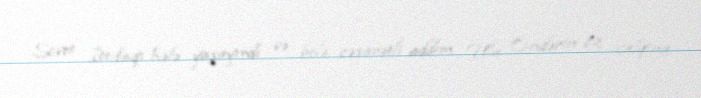
Sovet İttifaqı hələ yaşayırdı və belə cəsarətli addım Ulu Öndərin öz xalqına,